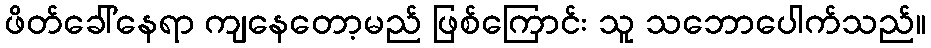
ဖိတ်ခေါ်နေရာ ကျနေတော့မည် ဖြစ်ကြောင်း သူ သဘောပေါက်သည်။